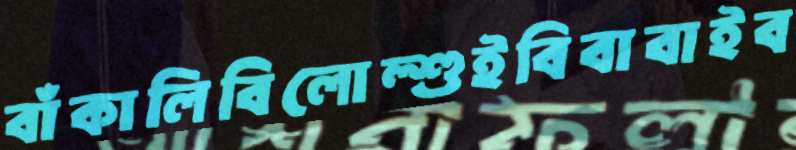
বাঁকালিবিলোল্শুইবিবাবাইব